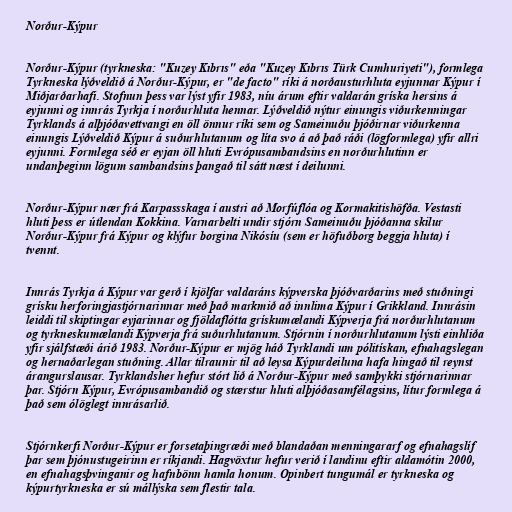
Norður-Kýpur

Norður-Kýpur (tyrkneska: "Kuzey Kıbrıs" eða "Kuzey Kıbrıs Türk Cumhuriyeti"), formlega
Tyrkneska lýðveldið á Norður-Kýpur, er "de facto" ríki á norðausturhluta eyjunnar Kýpur í
Miðjarðarhafi. Stofnun þess var lýst yfir 1983, níu árum eftir valdarán gríska hersins á
eyjunni og innrás Tyrkja í norðurhluta hennar. Lýðveldið nýtur einungis viðurkenningar
Tyrklands á alþjóðavettvangi en öll önnur ríki sem og Sameinuðu þjóðirnar viðurkenna
einungis Lýðveldið Kýpur á suðurhlutanum og líta svo á að það ráði (lögformlega) yfir allri
eyjunni. Formlega séð er eyjan öll hluti Evrópusambandsins en norðurhlutinn er
undanþeginn lögum sambandsins þangað til sátt næst í deilunni.

Norður-Kýpur nær frá Karpassskaga í austri að Morfúflóa og Kormakitishöfða. Vestasti
hluti þess er útlendan Kokkina. Varnarbelti undir stjórn Sameinuðu þjóðanna skilur
Norður-Kýpur frá Kýpur og klýfur borgina Nikósíu (sem er höfuðborg beggja hluta) í
tvennt.

Innrás Tyrkja á Kýpur var gerð í kjölfar valdaráns kýpverska þjóðvarðarins með stuðningi
grísku herforingjastjórnarinnar með það markmið að innlima Kýpur í Grikkland. Innrásin
leiddi til skiptingar eyjarinnar og fjöldaflótta grískumælandi Kýpverja frá norðurhlutanum
og tyrkneskumælandi Kýpverja frá suðurhlutanum. Stjórnin í norðurhlutanum lýsti einhliða
yfir sjálfstæði árið 1983. Norður-Kýpur er mjög háð Tyrklandi um pólitískan, efnahagslegan
og hernaðarlegan stuðning. Allar tilraunir til að leysa Kýpurdeiluna hafa hingað til reynst
árangurslausar. Tyrklandsher hefur stórt lið á Norður-Kýpur með samþykki stjórnarinnar
þar. Stjórn Kýpur, Evrópusambandið og stærstur hluti alþjóðasamfélagsins, lítur formlega á
það sem ólöglegt innrásarlið.

Stjórnkerfi Norður-Kýpur er forsetaþingræði með blandaðan menningararf og efnahagslíf
þar sem þjónustugeirinn er ríkjandi. Hagvöxtur hefur verið í landinu eftir aldamótin 2000,
en efnahagsþvinganir og hafnbönn hamla honum. Opinbert tungumál er tyrkneska og
kýpurtyrkneska er sú mállýska sem flestir tala.